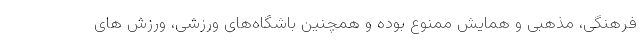
فرهنگی، مذهبی و همایش ممنوع بوده و همچنین باشگاه‌های ورزشی، ورزش های